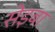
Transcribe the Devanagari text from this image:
सेइबा